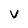
Character: V